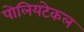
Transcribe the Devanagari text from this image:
पोलियटेकल